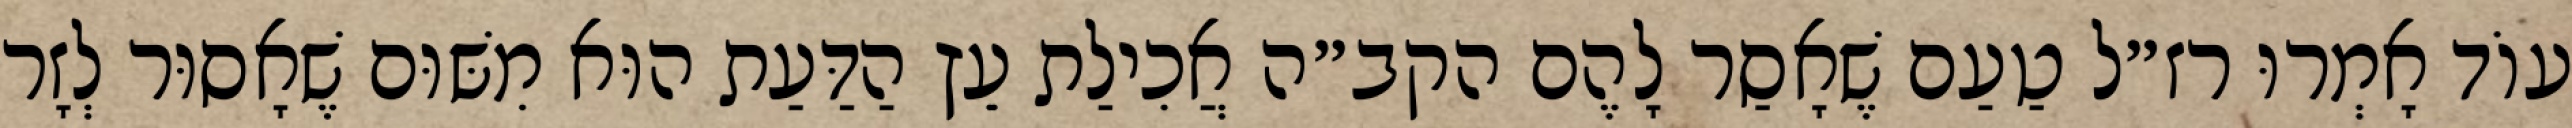
עוֹד אָמְרוּ רז״ל טַעַם שֶׁאָסַר לָהֶם הקב״ה אֲכִילַת עֵץ הַדַּעַת הוּא מִשּׁוּם שֶׁאָסוּר לְזָר